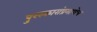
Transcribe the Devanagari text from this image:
पुरस्कारांप्रमाणेच